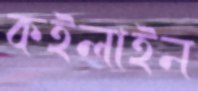
কইলাইন